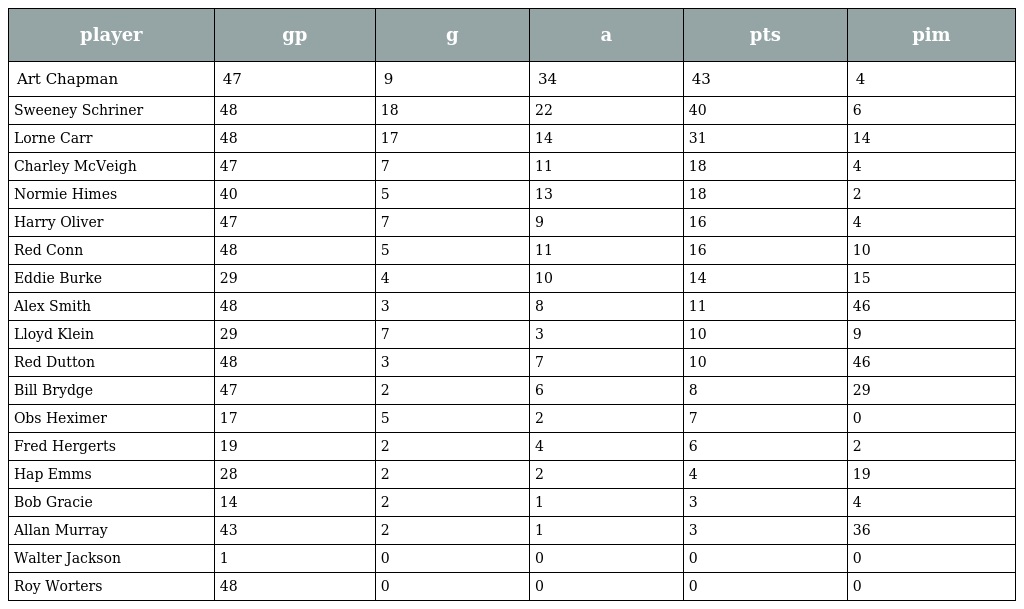
| player | gp | g | a | pts | pim |
 | --- | --- | --- | --- | --- | --- |
 | Art Chapman | 47 | 9 | 34 | 43 | 4 |
 | Sweeney Schriner | 48 | 18 | 22 | 40 | 6 |
 | Lorne Carr | 48 | 17 | 14 | 31 | 14 |
 | Charley McVeigh | 47 | 7 | 11 | 18 | 4 |
 | Normie Himes | 40 | 5 | 13 | 18 | 2 |
 | Harry Oliver | 47 | 7 | 9 | 16 | 4 |
 | Red Conn | 48 | 5 | 11 | 16 | 10 |
 | Eddie Burke | 29 | 4 | 10 | 14 | 15 |
 | Alex Smith | 48 | 3 | 8 | 11 | 46 |
 | Lloyd Klein | 29 | 7 | 3 | 10 | 9 |
 | Red Dutton | 48 | 3 | 7 | 10 | 46 |
 | Bill Brydge | 47 | 2 | 6 | 8 | 29 |
 | Obs Heximer | 17 | 5 | 2 | 7 | 0 |
 | Fred Hergerts | 19 | 2 | 4 | 6 | 2 |
 | Hap Emms | 28 | 2 | 2 | 4 | 19 |
 | Bob Gracie | 14 | 2 | 1 | 3 | 4 |
 | Allan Murray | 43 | 2 | 1 | 3 | 36 |
 | Walter Jackson | 1 | 0 | 0 | 0 | 0 |
 | Roy Worters | 48 | 0 | 0 | 0 | 0 |